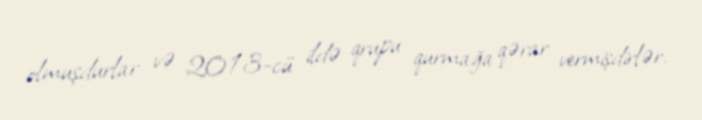
olmuşdurlar və 2013-cü ildə qrupu qurmağa qərar vermişdirlər.